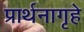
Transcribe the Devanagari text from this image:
प्रार्थनागृहे